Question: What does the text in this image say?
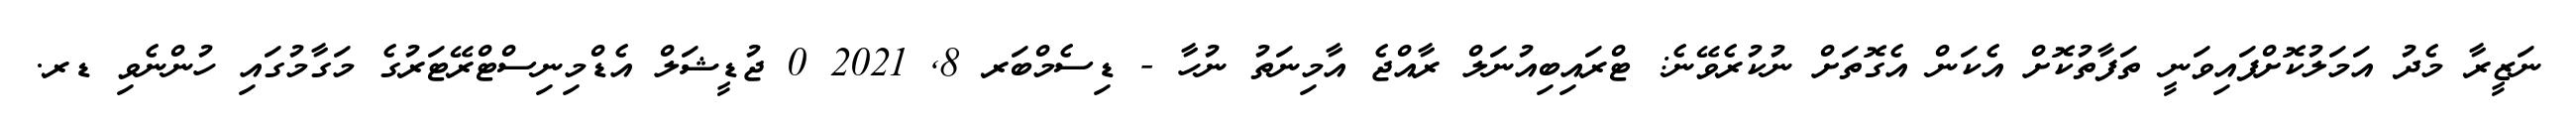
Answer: ނަޒީރާ މެދު އަމަލުކޮށްފައިވަނީ ތަފާތުކޮށް އެކަން އެގޮތަށް ނުކުރެވޭނެ: ޓްރައިބިއުނަލް ރާއްޖެ އާމިނަތު ނުހާ - ޑިސެމްބަރ 8, 2021 0 ޖުޑީޝަލް އެޑްމިނިސްޓްރޭޓަރުގެ މަގާމުގައި ހުންނެވި ޑރ.